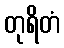
တုရိတံ